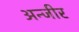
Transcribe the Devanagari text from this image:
अन्जीर